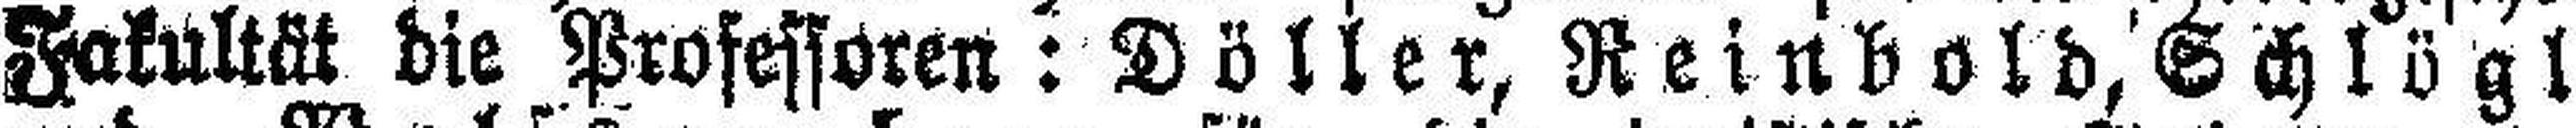
Fakultät die Professoren: Döller, Reinbold, Schlögl